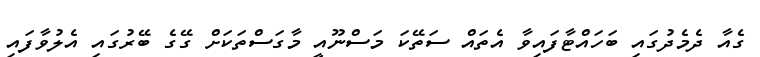
ގެއާ ދެމެދުގައި ބަހައްޓާފައިވާ އެތައް ސަތޭކަ މަސްނޫއީ މާގަސްތަކަށް ގޭގެ ބޭރުގައި އެލުވާފައި